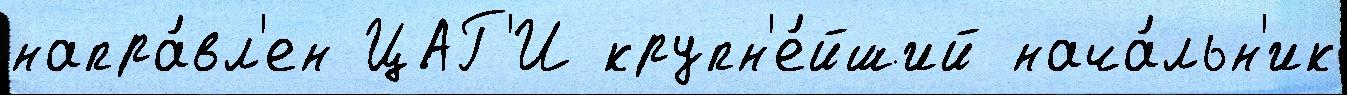
напра́вл'ен ЦАГ'И крупн'е́йший нача́льн'ик